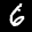
Label: 6